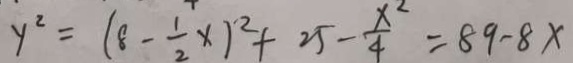
y ^ { 2 } = ( 8 - \frac { 1 } { 2 } x ) ^ { 2 } + 2 5 - \frac { x ^ { 2 } } { 4 } = 8 9 - 8 x